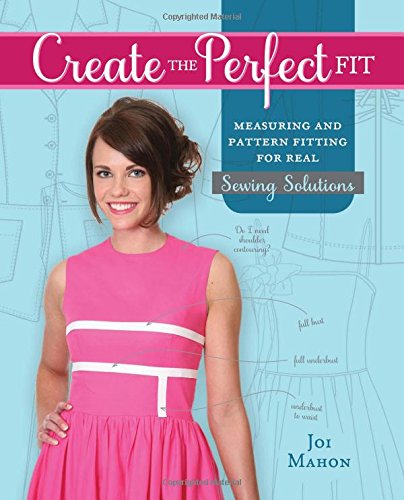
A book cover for Create the Perfect Fit: Measuring and Pattern Fitting for Real Sewing Solutions; Joi Mahon; Crafts, Hobbies & Home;